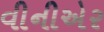
વીનીએર